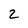
Character: 2